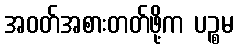
အဝတ်အစားတတ်ဖို့က ပဉ္စမ